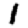
Digit: 1